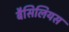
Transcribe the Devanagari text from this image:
बैसिलियस